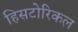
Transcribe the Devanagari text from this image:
हिसटोरिकल